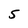
Character: 5